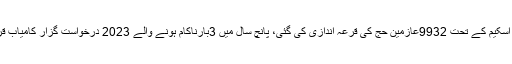
سرکاری اسکیم کے تحت 9932عازمین حج کی قرعہ اندازی کی گئی، پانچ سال میں 3بارناکام ہونے والے 2023 درخواست گزار کامیاب قرار پائے۔